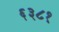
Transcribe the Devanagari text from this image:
६३८१